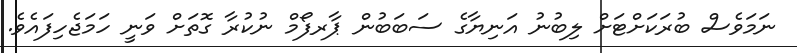
ނަމަވެސް ބުރަކަށްޓަށް ލިބުނު އަނިޔާގެ ސަބަބުން ޕާރފޯމް ނުކުރާ ގޮތަށް ވަނީ ހަމަޖެހިފައެވެ.